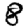
Digit: 8